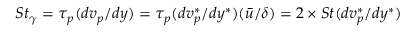
S t _ { \gamma } = \tau _ { p } ( d v _ { p } / d y ) = \tau _ { p } ( d v _ { p } ^ { * } / d y ^ { * } ) ( \bar { u } / \delta ) = 2 \times S t ( d v _ { p } ^ { * } / d y ^ { * } )